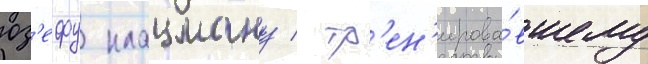
юз'ефу клацману / тр'ен'ирова́вшему